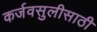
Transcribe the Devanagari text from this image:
कर्जवसुलीसाठी